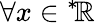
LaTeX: \forall x\in{^{*}\! \mathbb{R}}